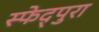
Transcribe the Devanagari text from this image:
स्फेद्पुरा